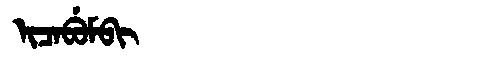
Manchu: ᡳᠴᠠᠪᡠᠮᠪᡳ
Romanization: ICABUMBI